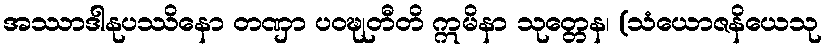
အဿာဒါနုပဿိနော တဏှာ ပဝဍ္ဎုတီတိ ဣမိနာ သုတ္တေန၊ (သံယောဇနိယေသု